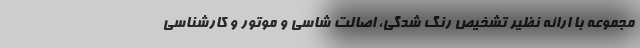
مجموعه با ارائه نظیر تشخیص رنگ شدگی، اصالت شاسی و موتور و کارشناسی